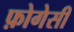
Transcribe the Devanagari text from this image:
फ़ोगेसी